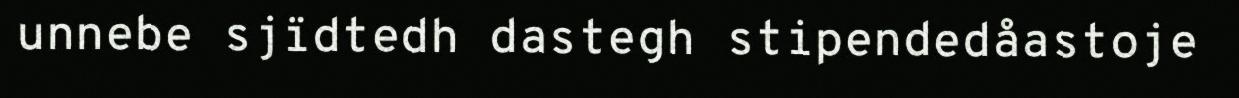
unnebe sjïdtedh dastegh stipendedåastoje